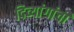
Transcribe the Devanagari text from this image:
दिव्यांगांची